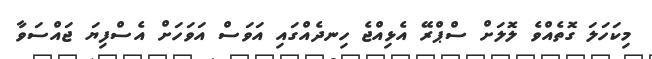
މިކަހަލަ ގޮތެއްވެ ލޮލަށް ސްޕްރޭ އެޅިއްޖެ ހިނދެއްގައި އަވަސް އަވަހަށް އެސްފިޔަ ޖައްސަވާ